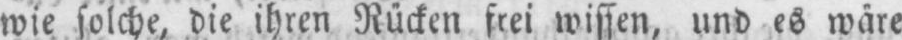
wie solche, die ihren Rücken frei wissen, und es wäre